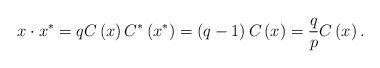
\begin{align*}x\cdot x^{\ast}=qC\left( x\right) C^{\ast}\left( x^{\ast}\right) =\left( q-1\right) C\left( x\right) =\frac{q}{p}C\left(x\right) .\end{align*}